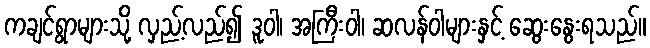
ကချင်ရွာများသို့ လှည့်လည်၍ ဒူဝါ၊ အကြီးဝါ၊ ဆလန်ဝါများနှင့် ဆွေးနွေးရသည်။